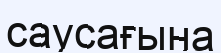
саусағына